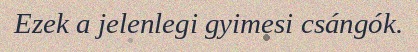
Ezek a jelenlegi gyimesi csángók.